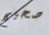
صحيح